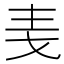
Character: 𪜋